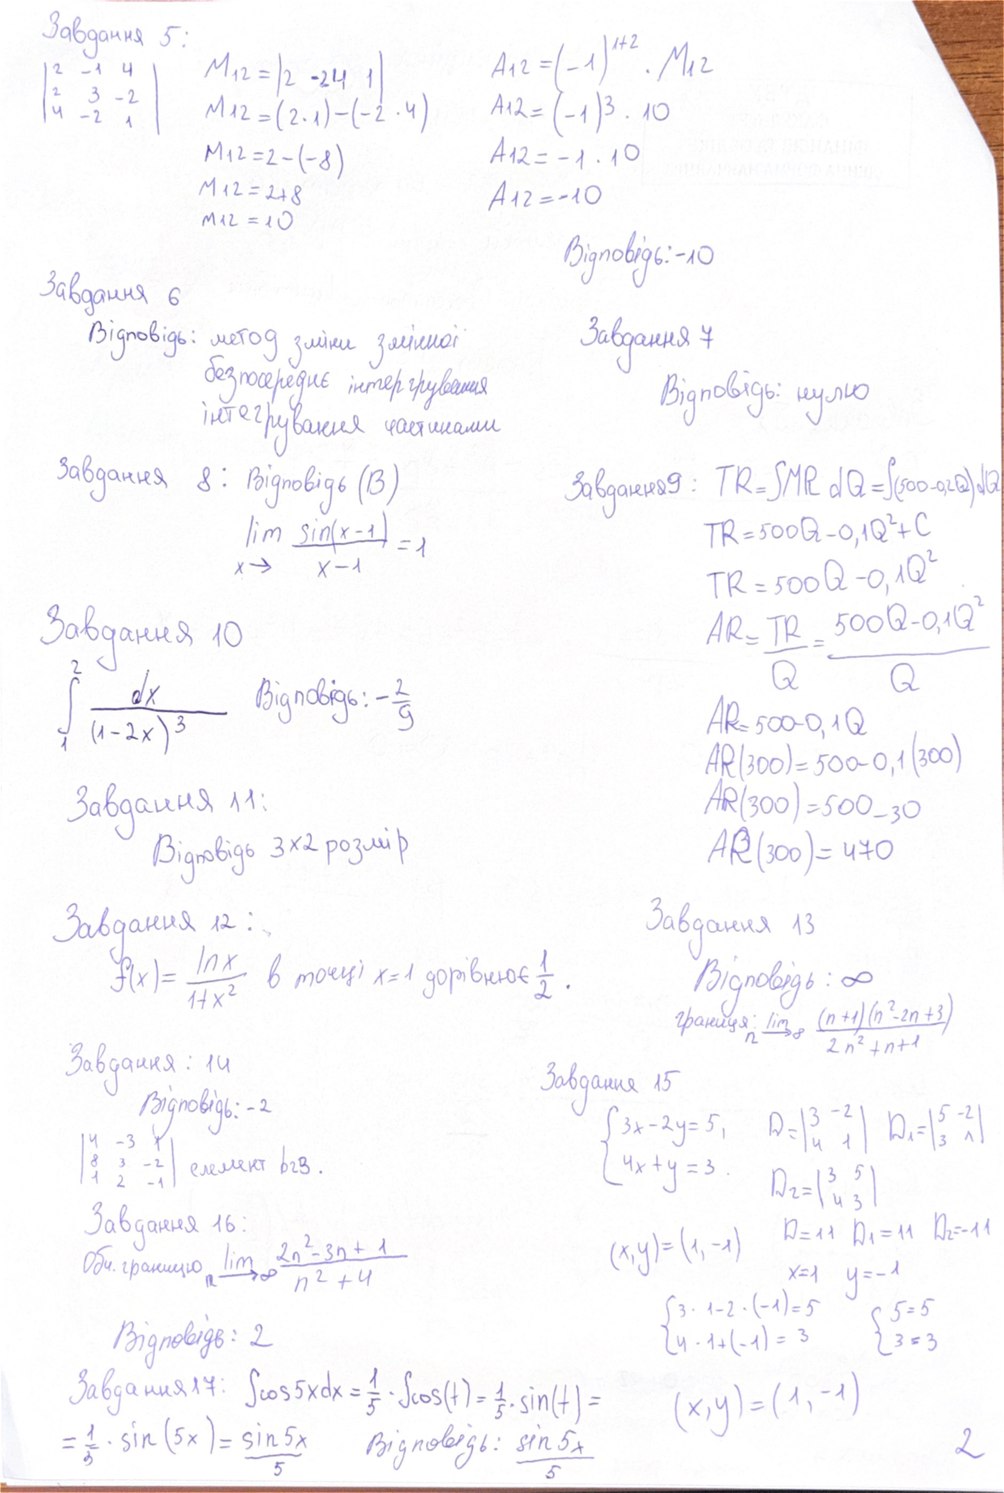
Завдання 5:
A12 = (-1)¹⁺² ‧ M12
M12 = |2 -24 1|
| 2 -1 4 | | 2 3 -2 | | 4 -2 1 |
A12 = (-1)³ ‧ 10
M12 = (2‧1)-(-2‧4)
A12 = -1 ‧ 10
M12 = 2 - (-8)
M12 = 2+8
A12 = -10
M12 = 10
Відповідь: -10
Завдання 6
Відповідь: метод зміни змінної
Завдання 7
безпосереднє інтегрування
Відповідь: нулю
інтегрування частинами
Завдання 8: Відповідь (В)
Завдання 9: TR = ∫MR dQ = ∫(500 - 0,2Q) dQ
TR = 500Q - 0,1Q² + C
lim sin(x-1) / x → x-1 = 1
TR = 500 Q - 0,1 Q²
Завдання 10
AR = TR / Q = (500Q - 0,1Q²) / Q
Відповідь: - 2/9
∫_1^2 dx / (1 - 2x)³
AR= 500-0,1 Q
AR(300) = 500 - 0,1(300)
Завдання 11:
AR(300)=500-30
Відповідь 3х2 розмір
AR(300) = 470
Завдання 13
Завдання 12:
f(x) = lnx / (1 + x²) в точці x = 1 дорівнює 1/2.
Відповідь: ∞
Границя: lim n → ∞ (n + 1)(n² - 2n + 3) / (2n² + n + 1)
Завдання: 14
Завдання 15
Відповідь: -2
D = | 3 -2 | 4 1 |
D₁= | 5 -2 | 3 1 |
{ 3x - 2y = 5,
| 4 -3 1 | 8 3 -2 | 1 2 -1 | елемент b23.
{ 4x + y = 3
D2 = | 3 5 | 4 3 |
Завдання 16:
D=11 D₁=11 D₂=-11
(x, y) = (1, -1)
Обч. границю lim n -> ∞ (2n^2 - 3n + 1) / (n^2 + 4)
x=1 y=-1
{ 3 · 1 - 2 · (-1) = 5
{ 5 = 5
Відповідь: 2
{4‧1+(-1)=3
{ 3 = 3
(x, y) = (1, -1)
Завдання 17: ∫cos5xdx=1/5‧∫cos(t)=1/5‧sin(t)=
= 1/5 · sin(5x) = sin 5x/5
Відповідь: sin 5x/5
2